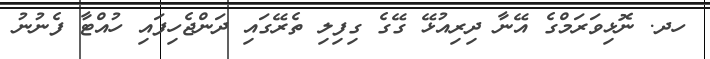
ހދ. ނޮޅިވަރަމްގެ އޭނާ ދިރިއުޅޭ ގޭގެ ގިފިލި ތެރޭގައި ދަންޖެހިފައި ހުއްޓާ ފެނުނު